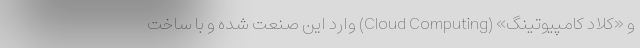
و «کلاد کامپیوتینگ» (Cloud Computing) وارد این صنعت شده و با ساخت